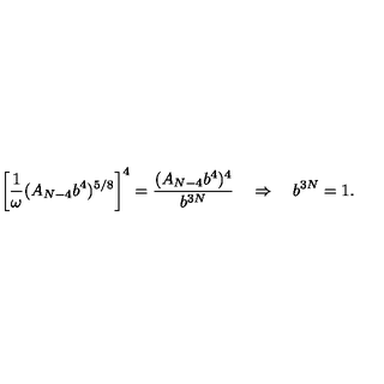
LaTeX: \left[ \frac { 1 } { \omega } ( A _ { N - 4 } b ^ { 4 } ) ^ { 5 / 8 } \right] ^ { 4 } = \frac { ( A _ { N - 4 } b ^ { 4 } ) ^ { 4 } } { b ^ { 3 N } } \quad \Rightarrow \quad b ^ { 3 N } = 1 .